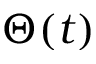
\Theta ( t )